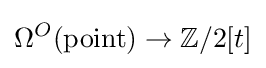
\Omega ^{O}({\text{point}})\to \mathbb {Z} /2[t]